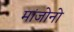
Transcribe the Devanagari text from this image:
मांजोनो